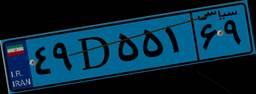
۴۹D۵۵۱۶۹